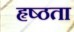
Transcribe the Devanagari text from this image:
हृष्ठता